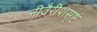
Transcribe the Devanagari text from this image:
जीवैरीशसृष्टं